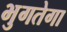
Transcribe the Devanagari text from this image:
भुगतेगा